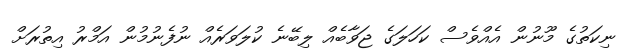
ނިކަތުގެ މޫނުން އެއްވެސް ކަހަލަގެ ޖަވާބެއް ލިބޭނެ ކުލަވަރެއް ނުފެނުމުން އަމްރު އިތުރަށް